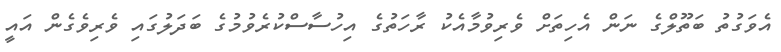
އެވަގުތު ބަތޫލްގެ ނަން އެހިތަށް ވެރިވުމާއެކު ރާހަތުގެ އިހުސާސްކުރެވުމުގެ ބަދަލުގައި ވެރިވެގެން އައީ